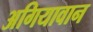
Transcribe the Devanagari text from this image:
अगियावान